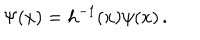
LaTeX: \Psi ( x ) = h ^ { - 1 } ( x ) \psi ( x ) \, .